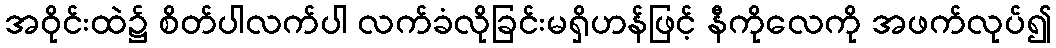
အဝိုင်းထဲ၌ စိတ်ပါလက်ပါ လက်ခံလိုခြင်းမရှိဟန်ဖြင့် နီကိုလေကို အဖက်လုပ်၍